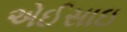
એઈસાઇ